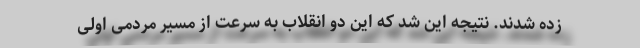
زده شدند. نتیجه این شد که این دو انقلاب به سرعت از مسیر مردمی اولی